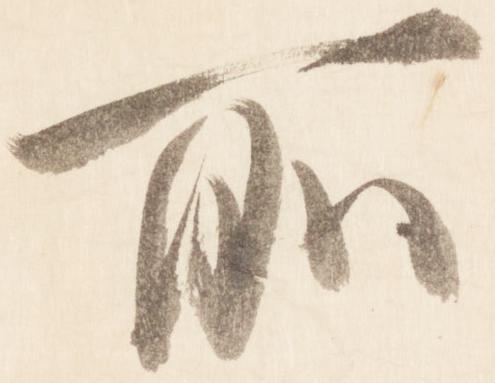
所